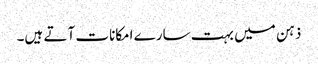
ذہن میں بہت سارے امکانات آتے ہیں۔